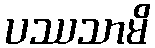
ပဿသာမိ